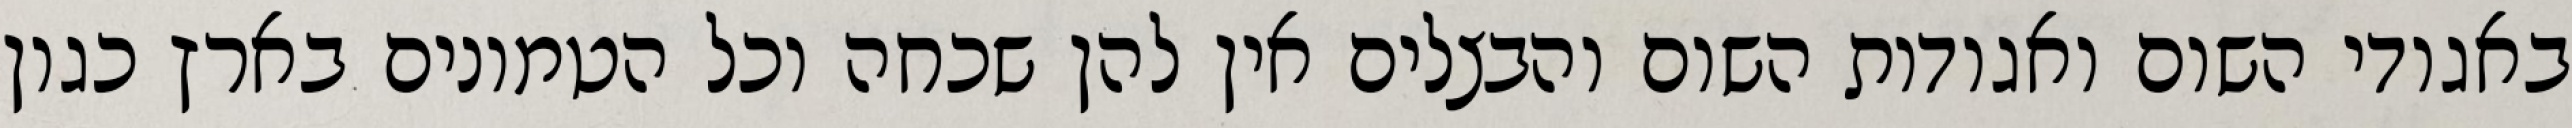
באגודי השום ואגודות השום והבצלים אין להן שכחה וכל הטמונים בארץ כגון